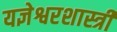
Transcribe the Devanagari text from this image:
यज्ञेश्वरशास्त्री